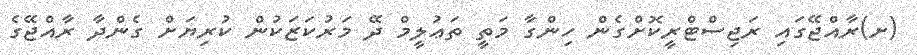
(ށ)ރާއްޖޭގައި ރަޖިސްޓްރީކޮށްގެން ހިންގާ މަތީ ތަޢުލީމް ދޭ މަރުކަޒަކުން ކުރިޔަށް ގެންދާ ރާއްޖޭގެ